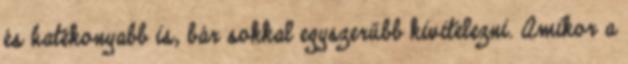
és hatékonyabb is, bár sokkal egyszerűbb kivitelezni. Amikor a